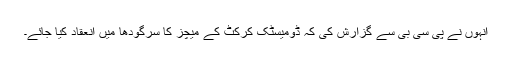
انہوں نے پی سی بی سے گزارش کی کہ ڈومیسٹک کرکٹ کے میچز کا سرگودھا میں انعقاد کیا جائے۔